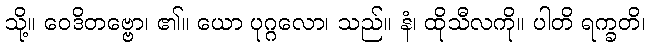
သို့။ ဝေဒိတဗ္ဗော၊ ၏။ ယော ပုဂ္ဂလော၊ သည်။ နံ၊ ထိုသီလကို။ ပါတိ ရက္ခတိ၊